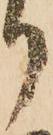
り